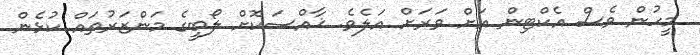
މީހުން ވެސް އެކްޓިން އަށް ވަރަށް އަލެވެ. ޚާއްސަކޮށް ލޯބީގެ މަންޒަރުތައް ކުޅެން